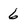
Character: 6